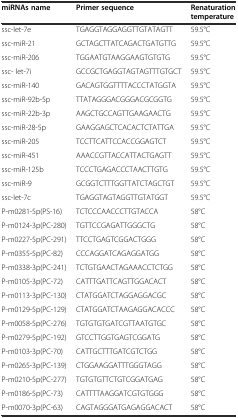
<table><thead><tr><td><b>miRNAs name</b></td><td><b>Primer sequence</b></td><td><b>Renaturation temperature</b></td></tr></thead><tbody><tr><td>ssc-let-7e</td><td>TGAGGTAGGAGGTTGTATAGTT</td><td>59.5°C</td></tr><tr><td>ssc-miR-21</td><td>GCTAGCTTATCAGACTGATGTTG</td><td>59.5°C</td></tr><tr><td>ssc-miR-206</td><td>TGGAATGTAAGGAAGTGTGTG</td><td>59.5°C</td></tr><tr><td>ssc- let-7i</td><td>GCCGCTGAGGTAGTAGTTTGTGCT</td><td>59.5°C</td></tr><tr><td>ssc-miR-140</td><td>GACAGTGGTTTTACCCTATGGTA</td><td>59.5°C</td></tr><tr><td>ssc-miR-92b-5p</td><td>TTATAGGGACGGGACGCGGTG</td><td>59.5°C</td></tr><tr><td>ssc-miR-22b-3p</td><td>AAGCTGCCAGTTGAAGAACTG</td><td>59.5°C</td></tr><tr><td>ssc-miR-28-5p</td><td>GAAGGAGCTCACACTCTATTGA</td><td>59.5°C</td></tr><tr><td>ssc-miR-205</td><td>TCCTTCATTCCACCGGAGTCT</td><td>59.5°C</td></tr><tr><td>ssc-miR-451</td><td>AAACCGTTACCATTACTGAGTT</td><td>59.5°C</td></tr><tr><td>ssc-miR-125b</td><td>TCCCTGAGACCCTAACTTGTG</td><td>59.5°C</td></tr><tr><td>ssc-miR-9</td><td>GCGGTCTTTGGTTATCTAGCTGT</td><td>59.5°C</td></tr><tr><td>ssc-let-7c</td><td>TGAGGTAGTAGGTTGTATGGT</td><td>59.5°C</td></tr><tr><td>P-m0281-5p(PS-16)</td><td>TCTCCCAACCCTTGTACCA</td><td>58°C</td></tr><tr><td>P-m0124-3p(PC-280)</td><td>TGTTCCGAGATTGGGCTG</td><td>58°C</td></tr><tr><td>P-m0227-5p(PC-291)</td><td>TTCCTGAGTCGGACTGGG</td><td>58°C</td></tr><tr><td>P-m0355-5p(PC-82)</td><td>CCCAGGATCAGAGGATGG</td><td>58°C</td></tr><tr><td>P-m0338-3p(PC-241)</td><td>TCTGTGAACTAGAAACCTCTGG</td><td>58°C</td></tr><tr><td>P-m0105-3p(PC-72)</td><td>CATTTGATTCAGTTGGACACT</td><td>58°C</td></tr><tr><td>P-m0113-3p(PC-130)</td><td>CTATGGATCTAGGAGGACGC</td><td>58°C</td></tr><tr><td>P-m0129-5p(PC-129)</td><td>CTATGGATCTAAGAGGACACCC</td><td>58°C</td></tr><tr><td>P-m0058-5p(PC-276)</td><td>TGTGTGTGATCGTTAATGTGC</td><td>58°C</td></tr><tr><td>P-m0279-5p(PC-192)</td><td>GTCCTTGGTGAGTCGGATG</td><td>58°C</td></tr><tr><td>P-m0103-3p(PC-70)</td><td>CATTGCTTTGATCGTCTGG</td><td>58°C</td></tr><tr><td>P-m0265-3p(PC-139)</td><td>CTGGAAGGATTTGGGTAGG</td><td>58°C</td></tr><tr><td>P-m0210-5p(PC-277)</td><td>TGTGTGTTCTGTCGGATGAG</td><td>58°C</td></tr><tr><td>P-m0186-5p(PC-73)</td><td>CATTTTAAGGATCGTGTGGG</td><td>58°C</td></tr><tr><td>P-m0070-3p(PC-63)</td><td>CAGTAGGGATGAGAGGACACT</td><td>58°C</td></tr></tbody></table>